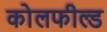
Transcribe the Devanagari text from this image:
काेलफील्ड